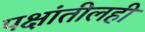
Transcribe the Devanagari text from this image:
पक्षांतीलही